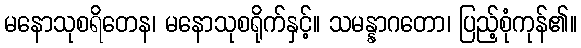
မနောသုစရိတေန၊ မနောသုစရိုက်နှင့်။ သမန္နာဂတော၊ ပြည့်စုံကုန်၏။